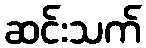
ဆင်းသက်